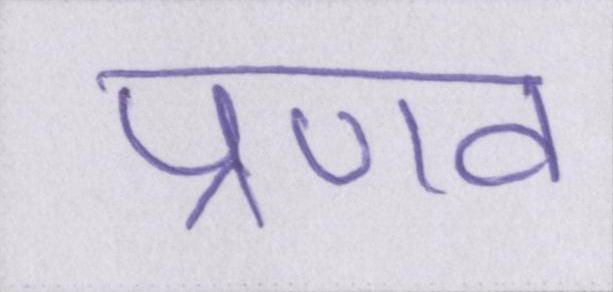
प्रणव